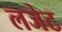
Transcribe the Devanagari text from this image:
लजेट